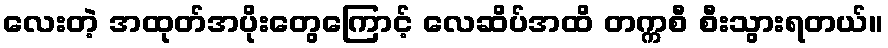
လေးတဲ့ အထုတ်အပိုးတွေကြောင့် လေဆိပ်အထိ တက္ကစီ စီးသွားရတယ်။